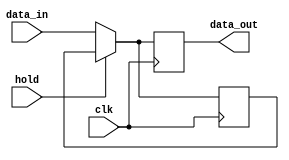
module hold_condition (
    input wire clk,         // Clock signal
    input wire hold,        // Hold control signal
    input wire [7:0] data_in, // Data input signal
    output reg [7:0] data_out // Data output signal
);

// Internal state to hold the last valid output value
reg [7:0] last_valid_value;

// Always block to handle the hold condition
always @(posedge clk) begin
    if (hold) begin
        // Maintain the last valid output value when hold is asserted
        data_out <= last_valid_value;
    end else begin
        // Update the output with the new data input
        data_out <= data_in;
        // Store the new value as the last valid output
        last_valid_value <= data_in;
    end
end

endmodule